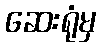
ဆေးရုံမှ